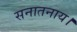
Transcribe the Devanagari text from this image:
सनातनाय।